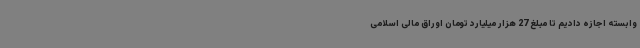
وابسته اجازه دادیم تا مبلغ 27 هزار میلیارد تومان اوراق مالی اسلامی